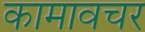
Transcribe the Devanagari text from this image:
कामावचर